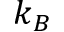
k _ { B }